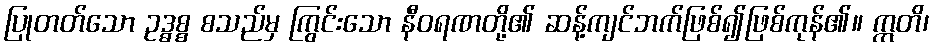
ပြုတတ်သော ဥဒ္ဓစ္စ စသည်မှ ကြွင်းသော နီဝရဏတို့၏ ဆန့်ကျင်ဘက်ဖြစ်၍ဖြစ်ကုန်၏။ ဣတိ၊